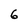
Character: 6